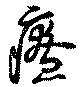
療